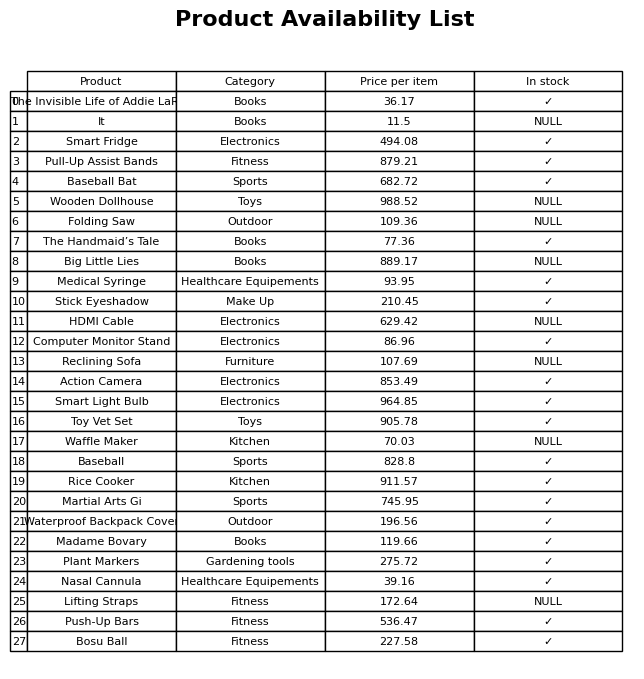
question: What is the price of the Smart Fridge?
answer: The price of Smart Fridge is 494.08.